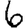
Digit: 6